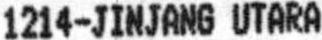
1214-JINJANG UTARA